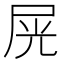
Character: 𡱘